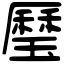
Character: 㻺